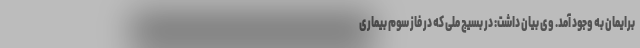
برایمان به وجود آمد. وی بیان داشت: در بسیج ملی که در فاز سوم بیماری